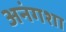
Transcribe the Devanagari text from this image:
अनंगशा